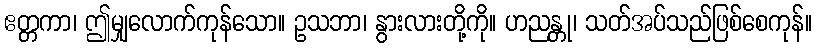
ဧတ္တကာ၊ ဤမျှလောက်ကုန်သော။ ဥသဘာ၊ နွားလားတို့ကို။ ဟညန္တု၊ သတ်အပ်သည်ဖြစ်စေကုန်။